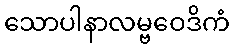
သောပါနာလမ္ဗဝေဒိကံ